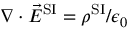
\nabla \cdot { \vec { E } } ^ { \mathrm { S I } } = \rho ^ { \mathrm { S I } } / \epsilon _ { 0 }